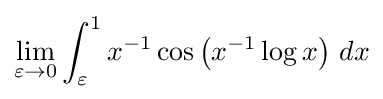
\lim _{\varepsilon \to 0}\int _{\varepsilon }^{1}x^{-1}\cos \left(x^{-1}\log x\right)\,dx